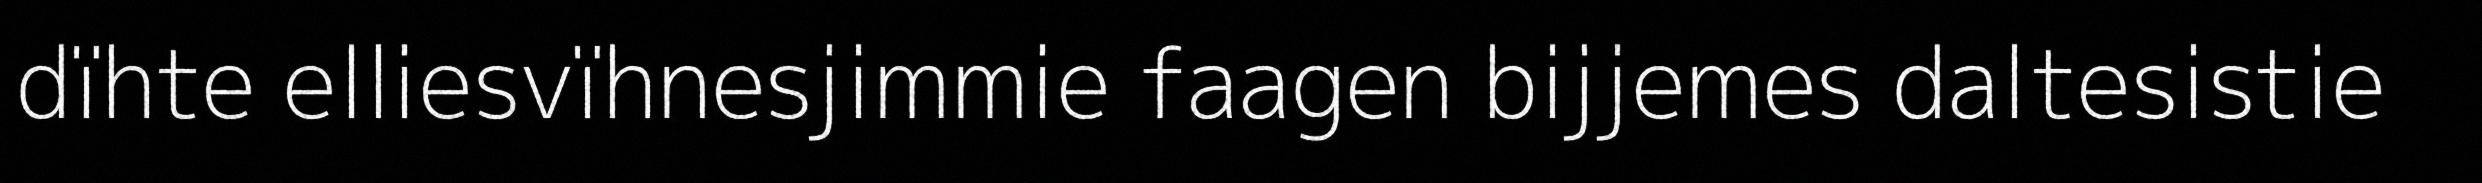
dïhte elliesvïhnesjimmie faagen bijjemes daltesistie